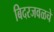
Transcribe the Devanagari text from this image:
बिदरजवळचे